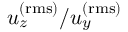
u _ { z } ^ { \mathrm { ( r m s ) } } / u _ { y } ^ { \mathrm { ( r m s ) } }